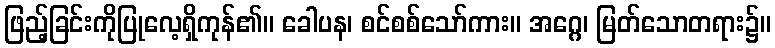
ဖြည့်ခြင်းကိုပြုလေ့ရှိကုန်၏။ ခေါပန၊ စင်စစ်သော်ကား။ အဂ္ဂေ၊ မြတ်သောတရား၌။